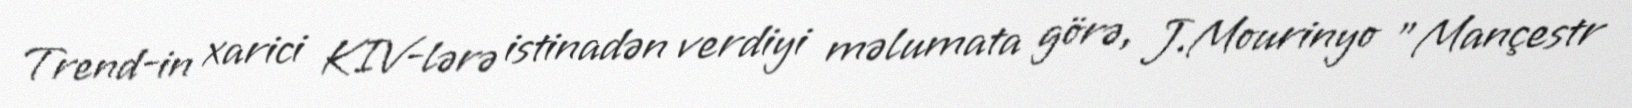
Trend-in xarici KIV-lərə istinadən verdiyi məlumata görə, J.Mourinyo "Mançestr